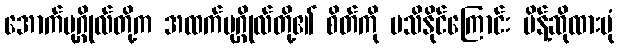
အောက်ပုဂ္ဂိုလ်တို့က အထက်ပုဂ္ဂိုလ်တို့၏ စိတ်ကို မသိနိုင်ကြောင်း မိန့်ဆိုထားပုံ